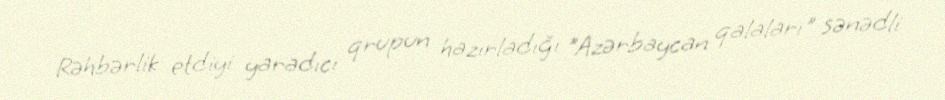
Rəhbərlik etdiyi yaradıcı qrupun hazırladığı "Azərbaycan qalaları" sənədli